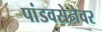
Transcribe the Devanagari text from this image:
पांडवसेनेवर